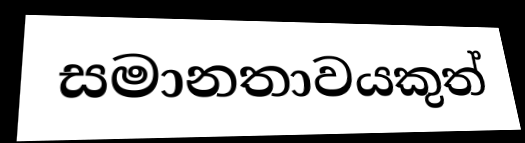
සමානතාවයකුත්